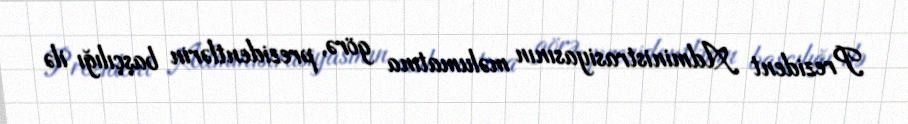
Prezident Administrasiyasının məlumatına görə, prezidentlərin başçılığı ilə